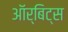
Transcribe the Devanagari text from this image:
ऑर्बिट्स